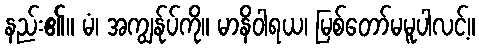
နည်း၏။ မံ၊ အကျွန်ုပ်ကို။ မာနိဝါရယ၊ မြစ်တော်မမူပါလင့်။